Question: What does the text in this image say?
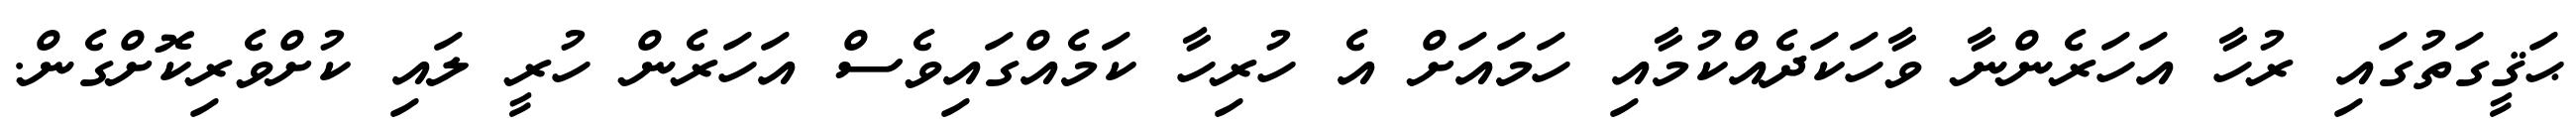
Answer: ޙަޤީގަތުގައި ރުހާ އަހަރެންނާ ވާހަކަދެއްކުމާއި ހަމައަށް އެ ހުރިހާ ކަމެއްގައިވެސް އަހަރެން ހުރީ ލައި ކުށްވެރިކޮށްގެން.